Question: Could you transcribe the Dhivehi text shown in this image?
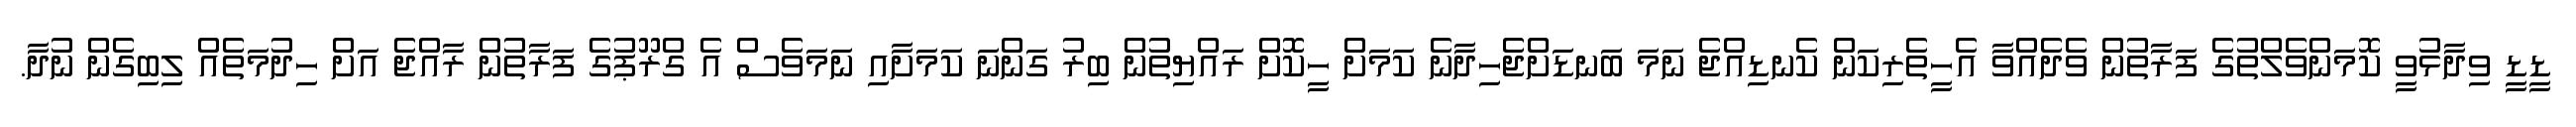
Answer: ޑީޑީ ވިދާޅުވީ ކޮމަންވެލްތުގެ ފަރާތުން ވެދެއްވާ އެހީތެރިކަން ކެނޑިއްޖެ ނަމަ ބަނޑަށްޖެހިދާނެ ކަމަށް ހީކޮށް ރައްޔިތުން ބިރު ގަންނަ ކަމަށާއި ނަމަވެސް އެ ގްރޫޕުގެ ފަރާތުން ރާއްޖެ އަށް ހިދުމަތެއް ލިބިގެން ނުދާ.